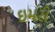
ઇમરી